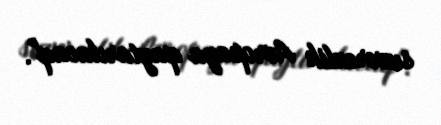
suverenlik Avropaya qaytarılacaq".